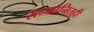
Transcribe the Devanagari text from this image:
सन्मानितही